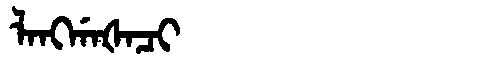
Manchu: ᠯᠠᠩᡤᠠᡧᠠᠴᡳ
Romanization: LANGGAŠACI